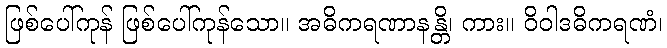
ဖြစ်ပေါ်ကုန် ဖြစ်ပေါ်ကုန်သော။ အဓိကရဏာနန္တိ၊ ကား။ ဝိဝါဒဓိကရဏံ၊